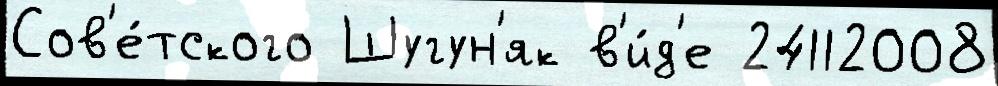
Сов'е́тского Шугун'як в'и́д'е 24112008